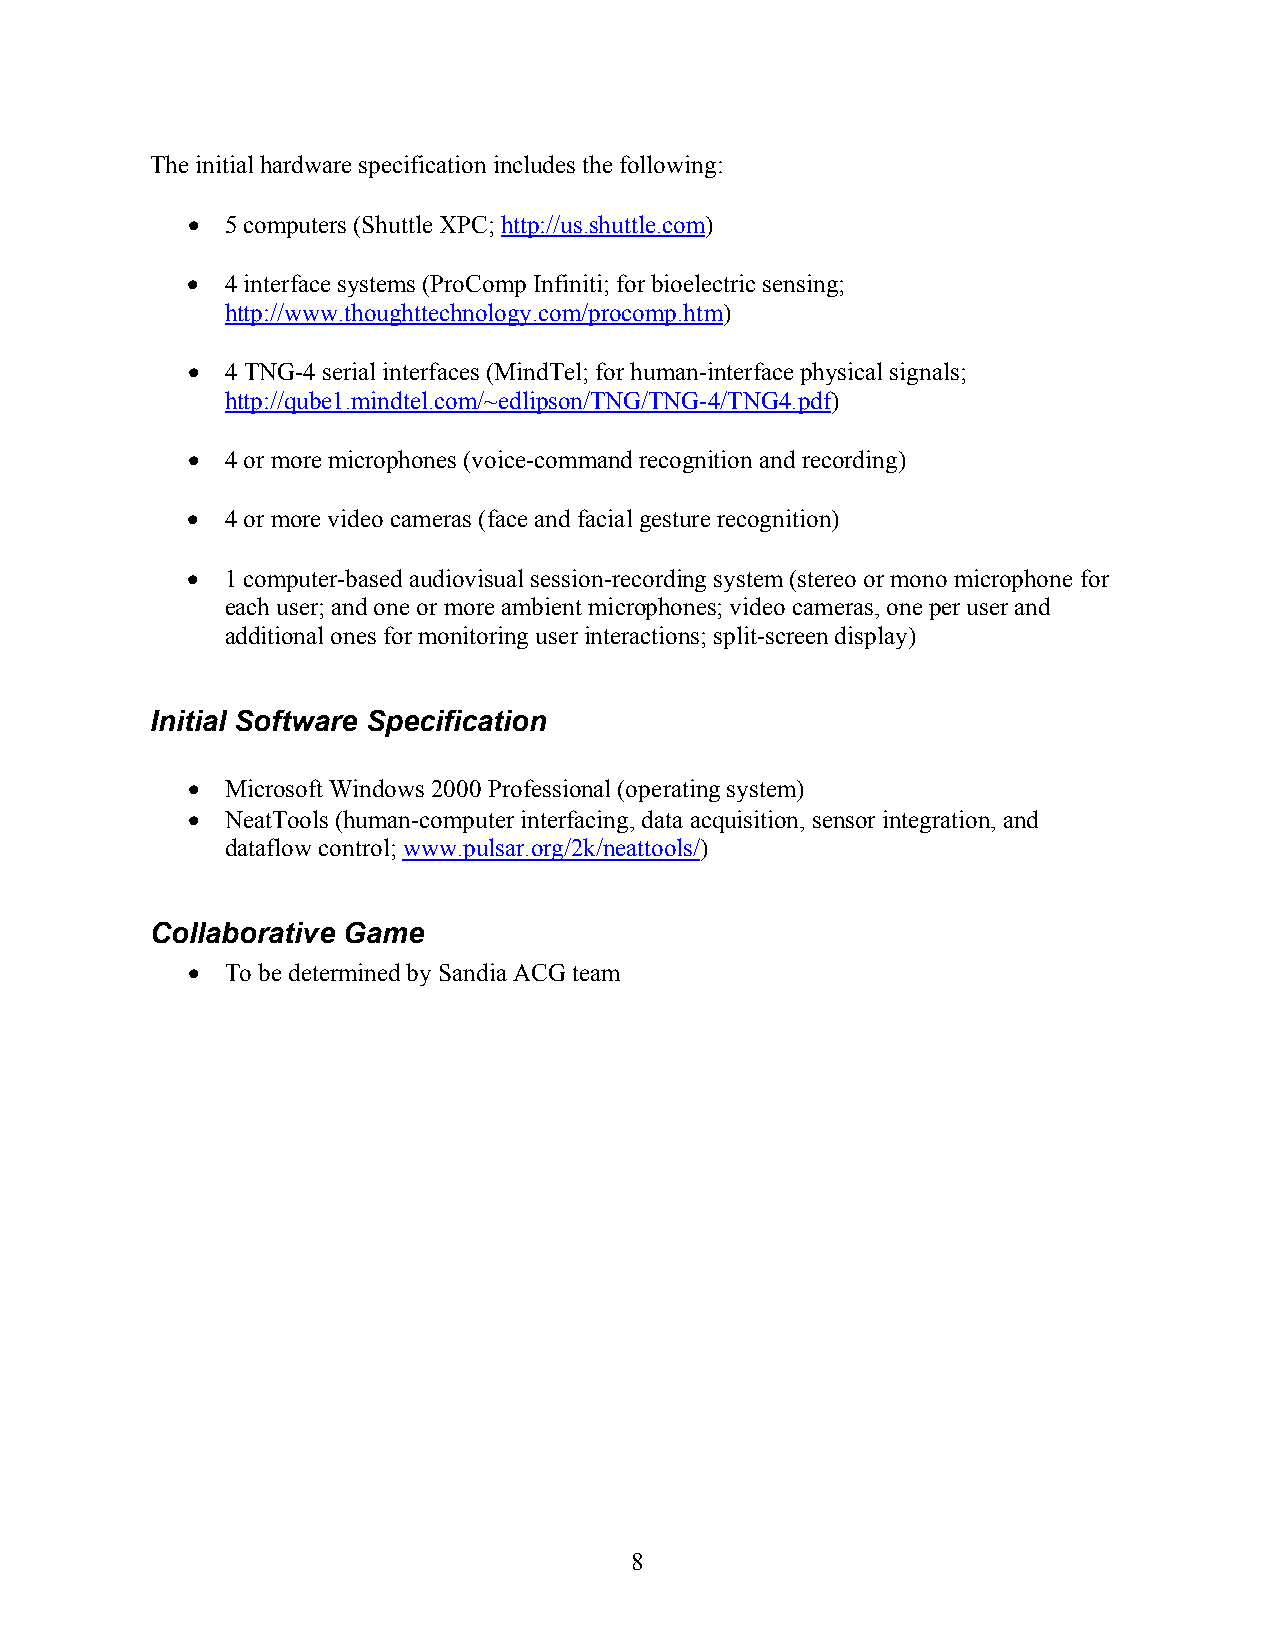
The initial hardware specification includes the following:
 •  5 computers (Shuttle XPC; http://us.shuttle.com)
 •  4 interface systems (ProComp Infiniti; for bioelectric sensing;
 http://www.thoughttechnology.com/procomp.htm)
 •  4 TNG-4 serial interfaces (MindTel; for human-interface physical signals;
 http://qube1.mindtel.com/~edlipson/TNG/TNG-4/TNG4.pdf)
 •  4 or more microphones (voice-command recognition and recording)
 •  4 or more video cameras (face and facial gesture recognition)
 •  1 computer-based audiovisual session-recording system (stereo or mono microphone for
 each user; and one or more ambient microphones; video cameras, one per user and
 additional ones for monitoring user interactions; split-screen display)
 Initial Software Specification
 •  Microsoft Windows 2000 Professional (operating system)
 •  NeatTools (human-computer interfacing, data acquisition, sensor integration, and
 dataflow control; www.pulsar.org/2k/neattools/)
 Collaborative Game
 •  To be determined by Sandia ACG team
 8